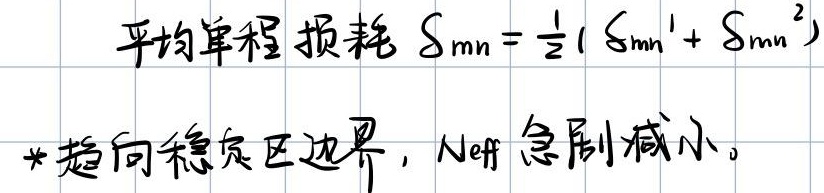
平均单程损耗 \(S_{mn}=\frac{1}{2}(S_{mn}^{1}+S_{mn}^{2})\)
*趋向稳定区边界，\(N_{\mathrm{eff}}\) 急剧减小。